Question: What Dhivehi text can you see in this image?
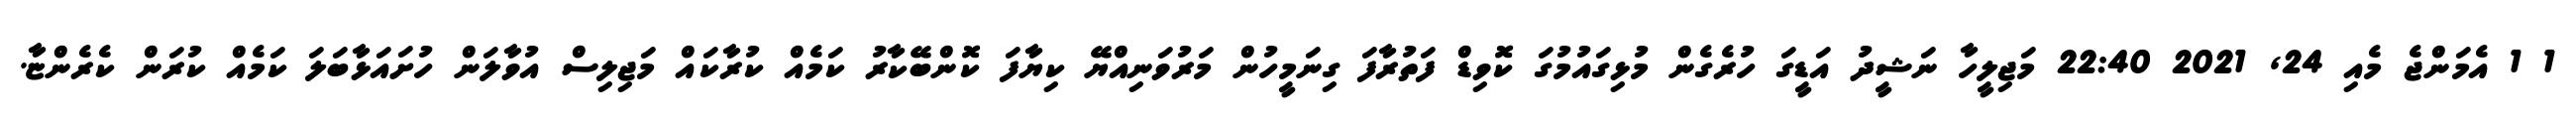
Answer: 1 1 އެމަންޖެ މެއި 24, 2021 22:40 މަޖިލީހާ ނަޝީދު އަޑީގަ ހުރެގެން މުޅިގައުމުގަ ކޮވިޑް ފަތުރާފަ ގިނަމީހުން މަރުވަނިއްޔޭ ކިޔާފަ ކޮންބޭކާރު ކަމެއް ކުރާކައް މަޖިލިސް އުވާލަން ހުށައަޅާބަލަ ކަމެއް ކުރަން ކެރެންޏާ.